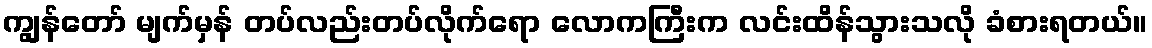
ကျွန်တော် မျက်မှန် တပ်လည်းတပ်လိုက်ရော လောကကြီးက လင်းထိန်သွားသလို ခံစားရတယ်။